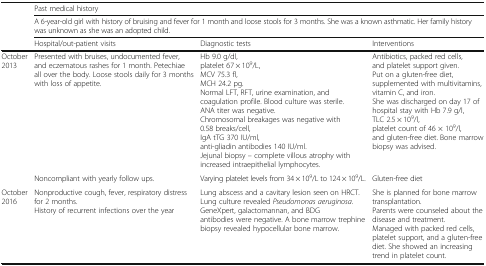
| <ROWSPAN=3>  | <COLSPAN=3> Past medical history |
 | <COLSPAN=3> A 6-year-old girl with history of bruising and fever for 1 month and loose stools for 3 months. She was a known asthmatic. Her family history was unknown as she was an adopted child. |
 | Hospital/out-patient visits | Diagnostic tests | Interventions |
 | --- | --- | --- | --- |
 | <ROWSPAN=2> October 2013 | Presented with bruises, undocumented fever, and eczematous rashes for 1 month. Petechiae all over the body. Loose stools daily for 3 months with loss of appetite. | Hb 9.0 g/dl,platelet 67 × 109/L,MCV 75.3 fl,MCH 24.2 pg.Normal LFT, RFT, urine examination, and coagulation profile. Blood culture was sterile.ANA titer was negative.Chromosomal breakages was negative with 0.58 breaks/cell,IgA tTG 370 IU/ml,anti-gliadin antibodies 140 IU/ml.Jejunal biopsy – complete villous atrophy with increased intraepithelial lymphocytes. | Antibiotics, packed red cells, and platelet support given.Put on a gluten-free diet, supplemented with multivitamins, vitamin C, and iron.She was discharged on day 17 of hospital stay with Hb 7.9 g/l,TLC 2.5 × 109/l,platelet count of 46 × 109/l, and gluten-free diet. Bone marrow biopsy was advised. |
 | Noncompliant with yearly follow ups. | Varying platelet levels from 34 × 109/L to 124 × 109/L. | Gluten-free diet |
 | October 2016 | Nonproductive cough, fever, respiratory distress for 2 months.History of recurrent infections over the year | Lung abscess and a cavitary lesion seen on HRCT.Lung culture revealed Pseudomonas aeruginosa.GeneXpert, galactomannan, and BDG antibodies were negative. A bone marrow trephine biopsy revealed hypocellular bone marrow. | She is planned for bone marrow transplantation.Parents were counseled about the disease and treatment.Managed with packed red cells, platelet support, and a gluten-free diet. She showed an increasing trend in platelet count. |